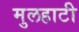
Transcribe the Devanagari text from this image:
मुलहाटी